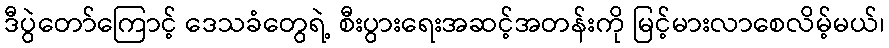
ဒီပွဲတော်ကြောင့် ဒေသခံတွေရဲ့ စီးပွားရေးအဆင့်အတန်းကို မြင့်မားလာစေလိမ့်မယ်၊